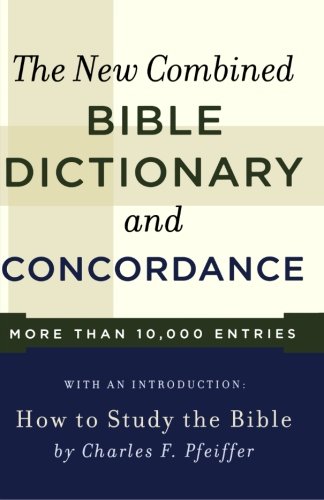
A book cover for New Combined Bible Dictionary and Concordance (Direction Books); Christian Books & Bibles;